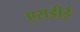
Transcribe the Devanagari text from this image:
एसडीई